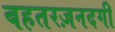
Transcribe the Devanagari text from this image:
बहतरज़नदगी